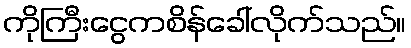
ကိုကြီးငွေကစိန်ခေါ်လိုက်သည်။